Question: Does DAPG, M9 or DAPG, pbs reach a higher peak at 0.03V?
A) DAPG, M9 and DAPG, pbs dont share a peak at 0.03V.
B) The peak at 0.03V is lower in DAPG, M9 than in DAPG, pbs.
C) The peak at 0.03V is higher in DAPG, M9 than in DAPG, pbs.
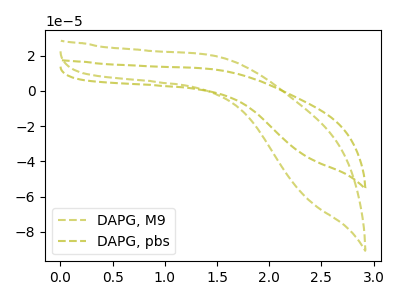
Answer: <think>The olive dashed curve "DAPG, M9" has no peaks. The olive dashed curve "DAPG, pbs" has no peaks.</think>
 <answer>A) "DAPG, M9" and "DAPG, pbs" dont share a peak at 0.03V.</answer>
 <eval>A</eval>